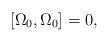
LaTeX: \begin{align*}\left[ \Omega _{0},\Omega _{0}\right] =0, \end{align*}